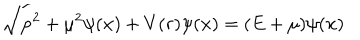
\sqrt { { \bf p } ^ { 2 } + { \mu } ^ { 2 } } \psi ( { \bf x } ) + V ( r ) \psi ( { \bf x } ) = ( E + { \mu } ) \psi ( { \bf x } )